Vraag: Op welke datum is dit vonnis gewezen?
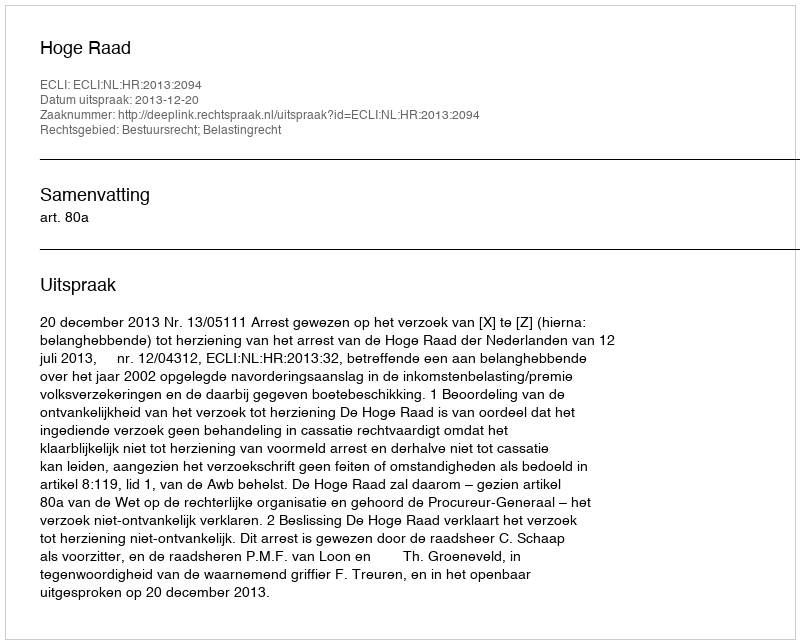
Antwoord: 2013-12-20